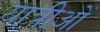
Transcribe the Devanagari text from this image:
यात्रीओं